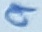
Text: 9